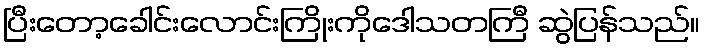
ပြီးတော့ခေါင်းလောင်းကြိုးကိုဒေါသတကြီ ဆွဲပြန်သည်။